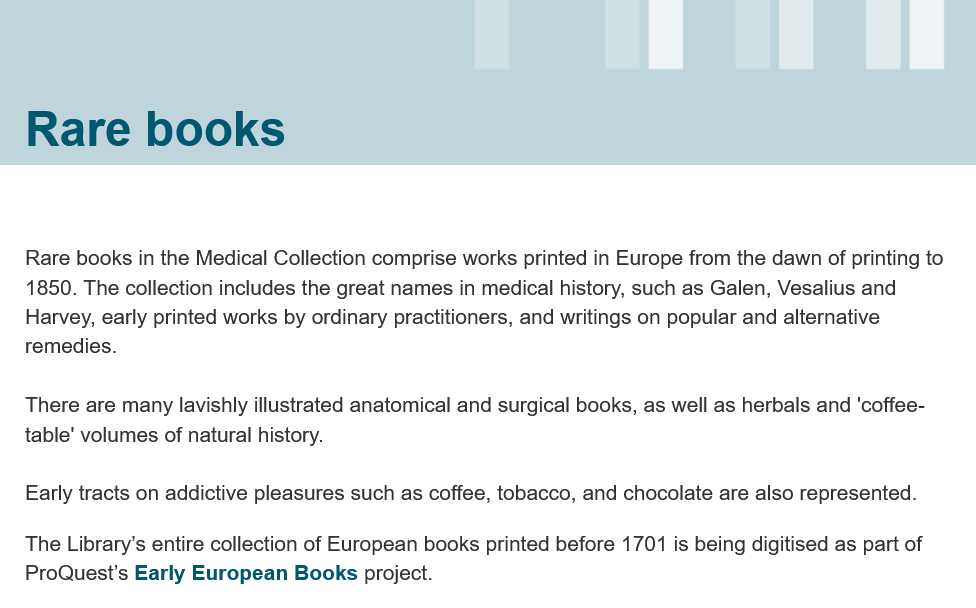
Rare    books
   Rare books in the Medical Collection comprise works printed in Europe from the dawn of printing to
   1850. The collection includes the great names in medical history, such as Galen, Vesalius and
   Harvey, early printed works by ordinary practitioners, and writings on popular and alternative
   remedies.
   There are many lavishly illustrated anatomical and surgical books, as well as herbals and 'coffee-
   table’ volumes of natural history.
   Early tracts on addictive pleasures such as coffee, tobacco, and chocolate are also represented.
   The Library’s entire collection of European books printed before 1701 is being digitised as part of
   ProQuest’s Early European Books project.